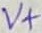
Text: V+